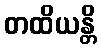
တထိယန္တိ